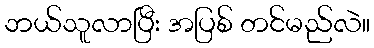
ဘယ်သူလာပြီး အပြစ် တင်မည်လဲ။